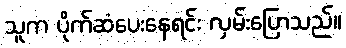
သူက ပိုက်ဆံပေးနေရင်း လှမ်းပြောသည်။